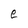
Character: e